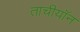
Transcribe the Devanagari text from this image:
ताचीयॉन